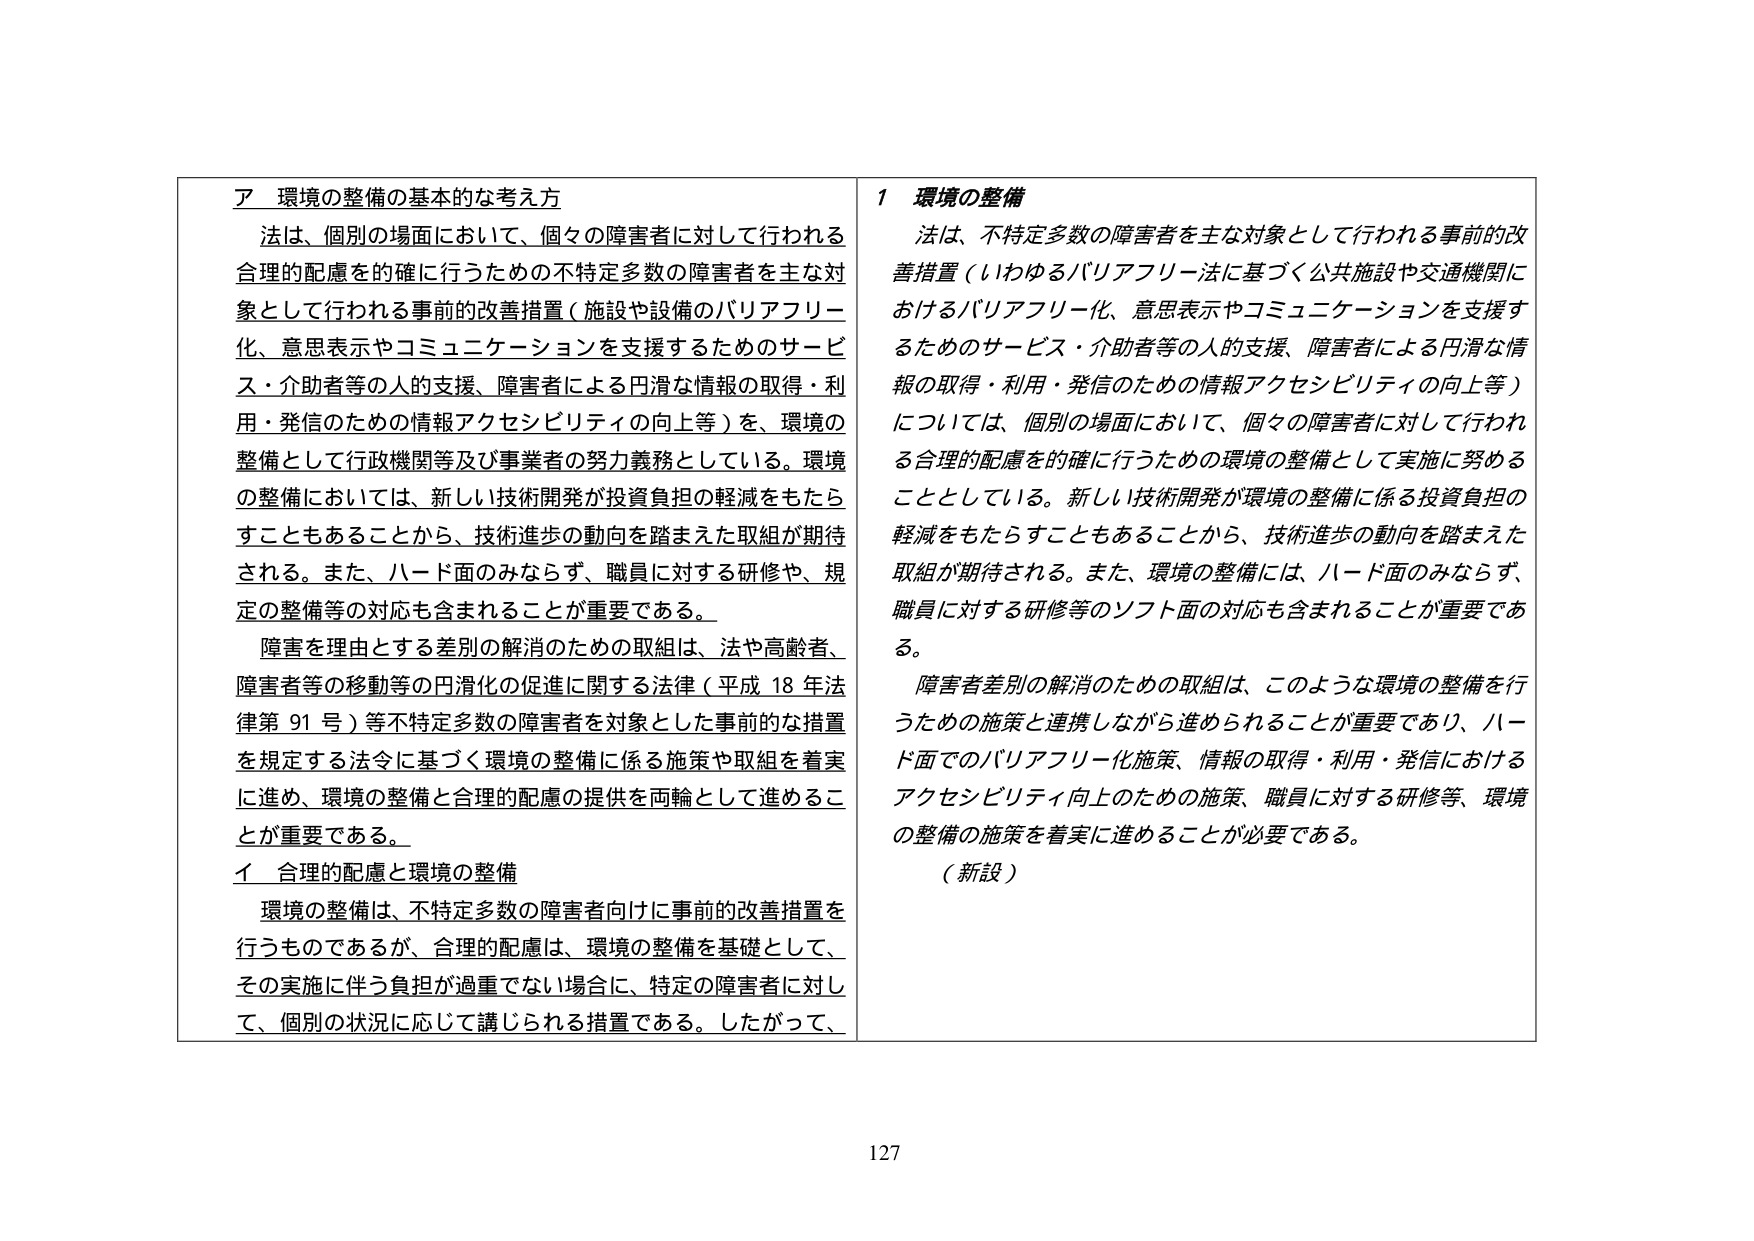
ア 環境の整備の基本的な考え方
法は、個別の場面において、個々の障害者に対して行われる合理的配慮を的確に行うための不特定多数の障害者を主な対象として行われる事前的改善措置（施設や設備のバリアフリー化、意思表示やコミュニケーションを支援するためのサービス・介助者等の人的支援、障害者による円滑な情報の取得・利用・発信のための情報アクセシビリティの向上等）を、環境の整備として行政機関等及び事業者の努力義務としている。環境の整備においては、新しい技術開発が投資負担の軽減をもたらすこともあることから、技術進歩の動向を踏まえた取組が期待される。また、ハード面のみならず、職員に対する研修や、規定の整備等の対応も含まれることが重要である。
障害を理由とする差別の解消のための取組は、法や高齢者、障害者等の移動等の円滑化の促進に関する法律（平成18年法律第91号）等不特定多数の障害者を対象とした事前的な措置を規定する法令に基づく環境の整備に係る施策や取組を着実に進め、環境の整備と合理的配慮の提供を両輪として進めることが重要である。
イ 合理的配慮と環境の整備
環境の整備は、不特定多数の障害者向けに事前的改善措置を行うものであるが、合理的配慮は、環境の整備を基礎として、その実施に伴う負担が過重でない場合に、特定の障害者に対して、個別の状況に応じて講じられる措置である。したがって、

1 環境の整備
法は、不特定多数の障害者を主な対象として行われる事前的改善措置（いわゆるバリアフリー法に基づく公共施設や交通機関におけるバリアフリー化、意思表示やコミュニケーションを支援するためのサービス・介助者等の人的支援、障害者による円滑な情報の取得・利用・発信のための情報アクセシビリティの向上等）については、個別の場面において、個々の障害者に対して行われる合理的配慮を的確に行うための環境の整備として実施に努めることとしている。新しい技術開発が環境の整備に係る投資負担の軽減をもたらすこともあることから、技術進歩の動向を踏まえた取組が期待される。また、環境の整備には、ハード面のみならず、職員に対する研修等のソフト面の対応も含まれることが重要である。
障害者差別の解消のための取組は、このような環境の整備を行うための施策と連携しながら進められることが重要であり、ハード面でのバリアフリー化施策、情報の取得・利用・発信におけるアクセシビリティ向上のための施策、職員に対する研修等、環境の整備の施策を着実に進めることが必要である。
（新設）

127